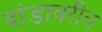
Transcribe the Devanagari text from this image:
दांडावरील